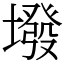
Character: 墢